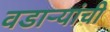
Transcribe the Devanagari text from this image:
वडार्‍यांची